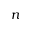
n